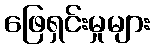
ဖြေရှင်းမှုများ